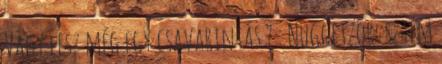
Vagy lesz még egy csavarintás ? : Nuggetzor: sztem